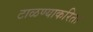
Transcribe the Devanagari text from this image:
टाळण्याकरिता